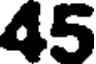
45